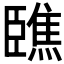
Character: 𦣳